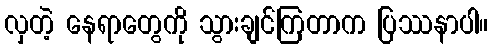
လှတဲ့ နေရာတွေကို သွားချင်ကြတာက ပြဿနာပါ။